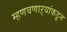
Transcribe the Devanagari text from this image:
म्हणवणाऱ्यांकडून